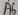
Text: A6